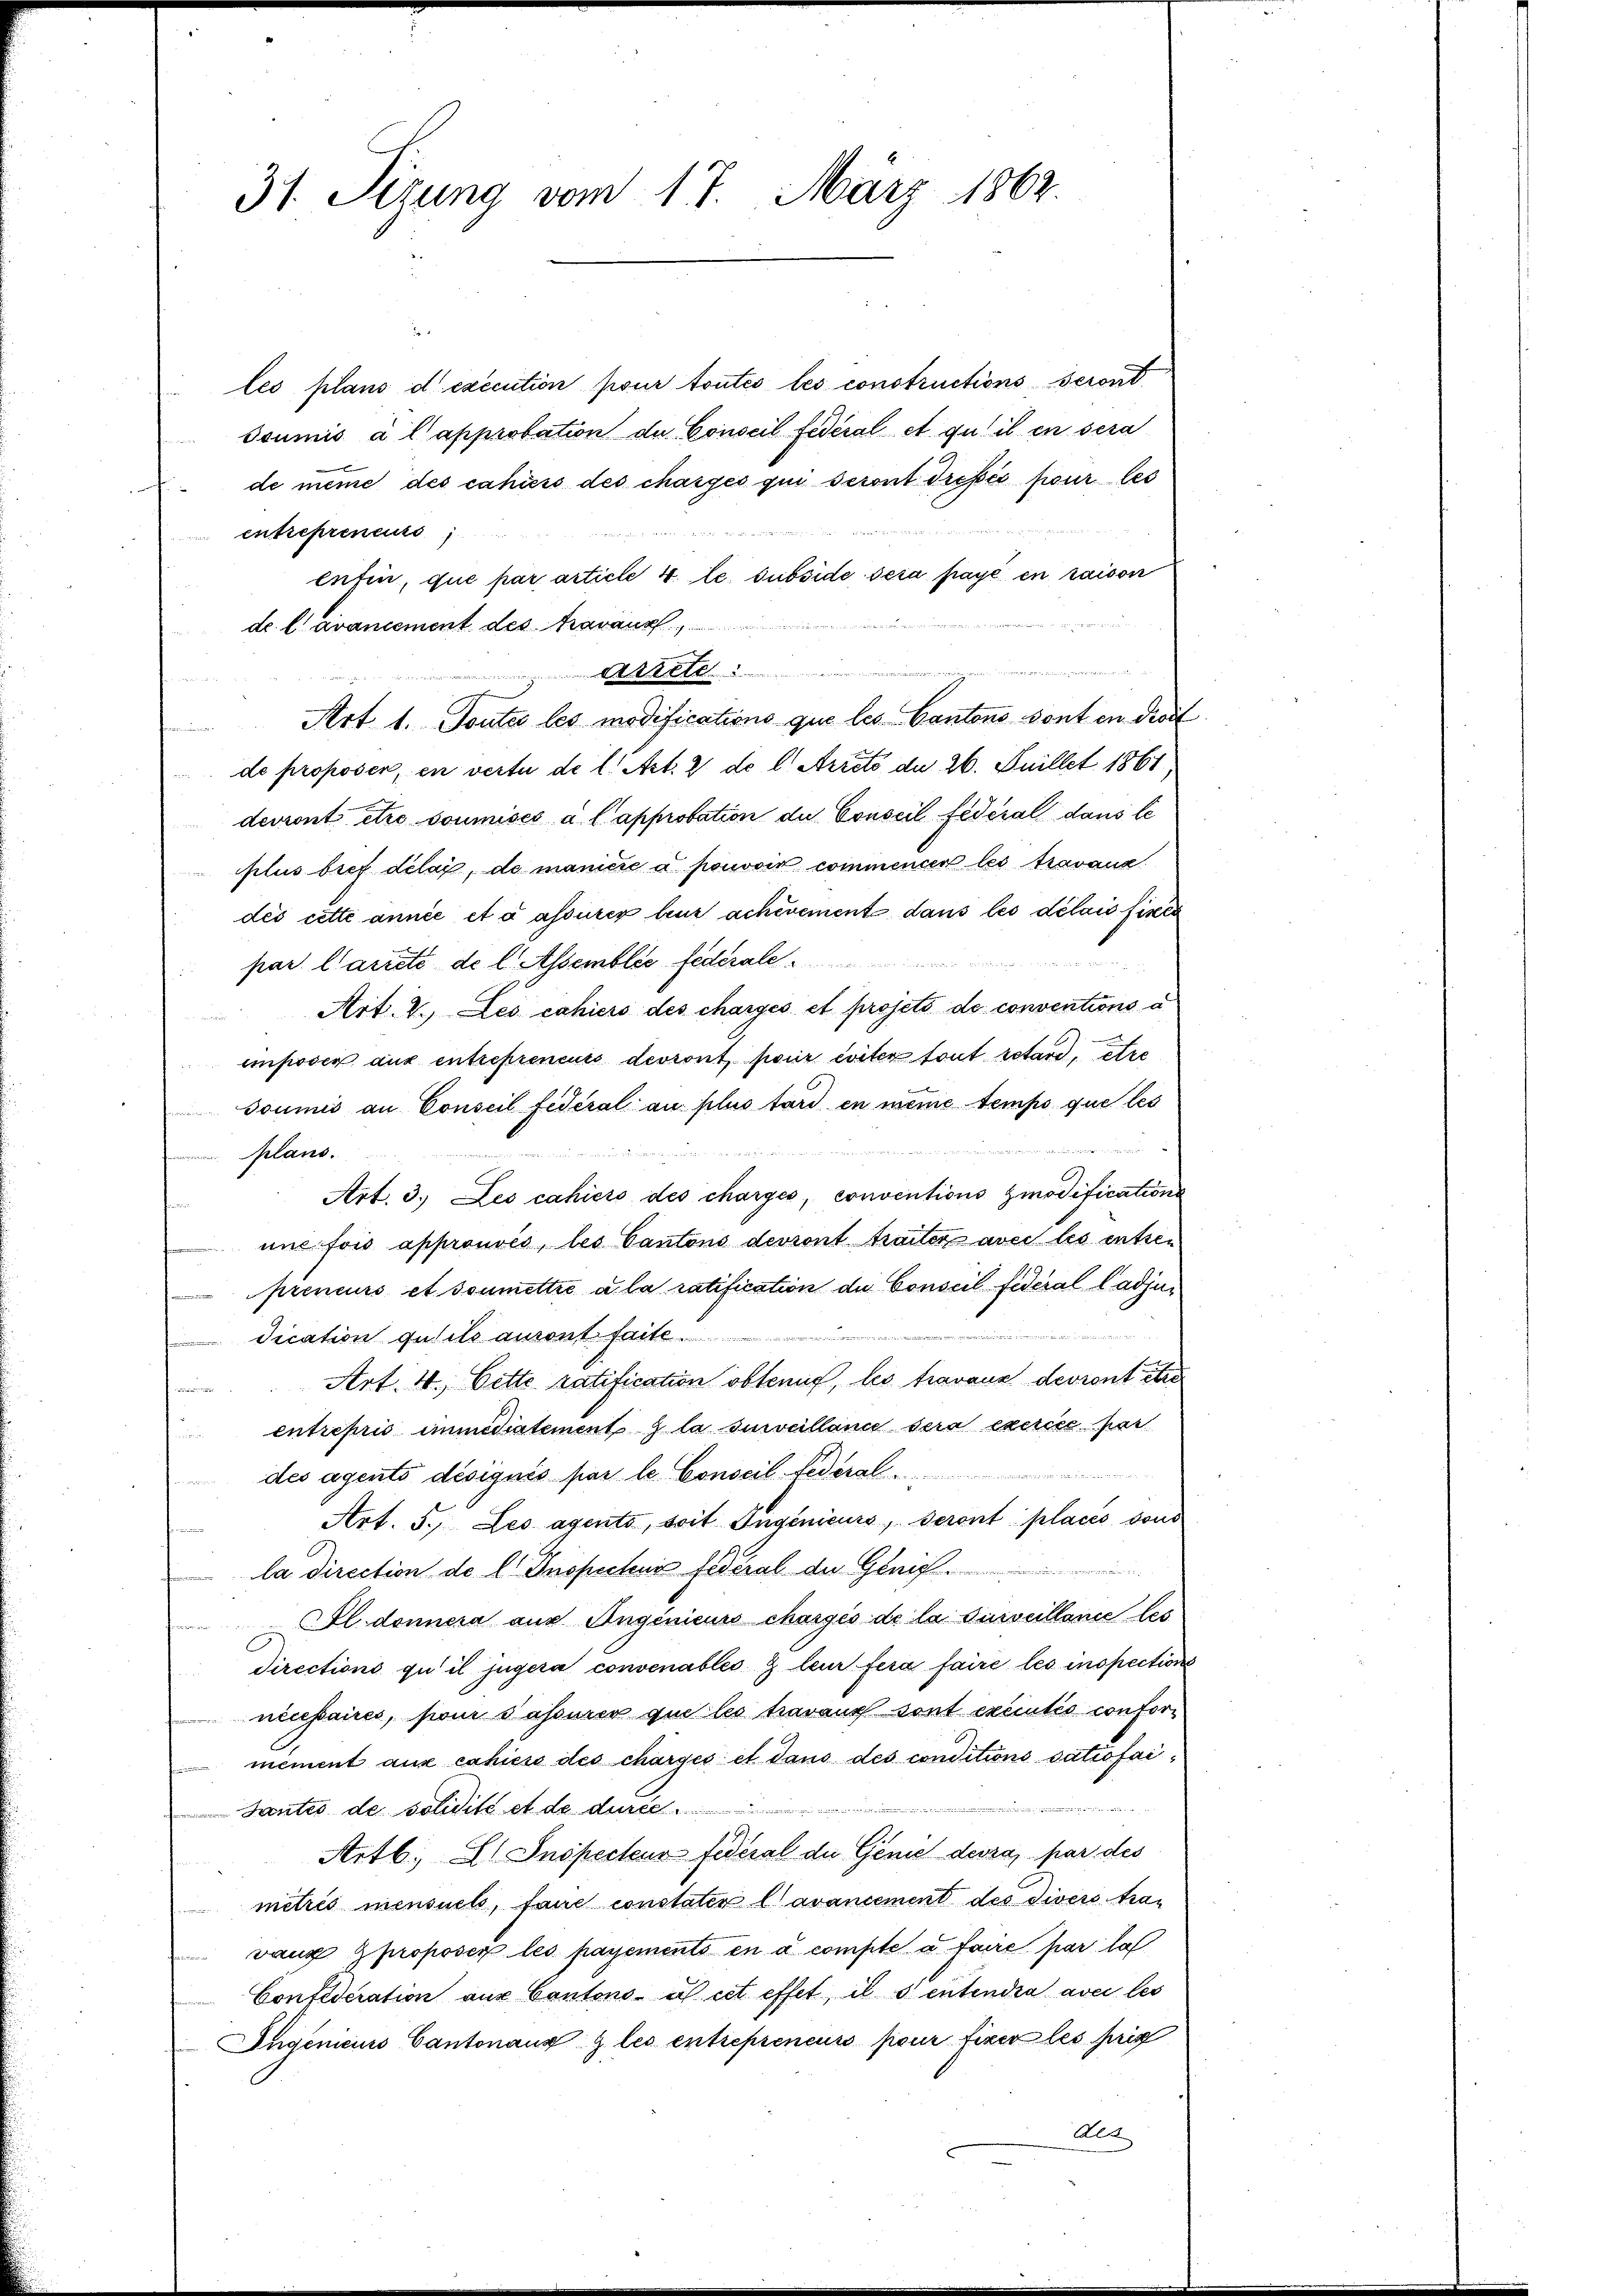
31. Sizung vom 17. März 1862.

les plans d execution pour toutes les constructions seront
doumis à l’approbation du Conseil fédéral et qu’il en sera
de meine des cahiers des charges qui seront dressés pour les
entrepreneurs
enfin, que par article 4 l. subside sera payé en raison

de. l avancement des Aravaux

Ahret
Art. 1. Toutes les modifications que les Cantons sont in droit
u
de proposer, en vertu de l. Art. 2 do l Arrets de 26. Juillet 1861,
devront être soumises à l approbation du Conseil fédéral dans le
plus bief délai, de manicie a pouvoir commencer les travana
dés cette année et à assurer leur achevement dans les délais fines
1
par. Carité de l. Assemblic fédérale
Art. 1. Les cahiers des charges et projets de conventions a
imposer aus entrepreneurs devront pour eiter tout retard, etre
soumis an Conseil fédéral au plus tard en meine temps que les
 wenn er einer werde wieder den
Geland.
Art. 3. Les cahiers des charges, conventions Gmodifications
une fois approuvés, les Cantons devront traiter avec les entzen
preneurs et soumettre a la ratification de Conseil fideral Cadjun
dication gutils ausent faite.
Art. 4. Cette ratification obtenue, les travaux devront et
entrepris immediatement à la surveillande sera exercée par
des agents désiqués par le Conseil Federal
Art. 5. Les agento, soit Ingenieurs, seront places sons
la direction de l. Inspectens fédéral de Gerich
Il donnera aus Angenieurs chargés de la surveillence les
Directions qu’il jugera convenables & leur fera faire les inspections
necessaires, pour sassures que les travaux sont executio conformement aux cahiess des charges et dans des conditions satiofaidienen u
e
Tantes de solidité et de durec
Artb. Al Inspecteur federal die Genie devra par des
mitrés mensuets, faire constater l. avancement des Diverstrawang proposer les payements en à compte a faire par la
Confederation aus Cantons- u cet effet, ils entendra avec les
Ingenieurs Cantonaus & les entrepreneurs pour fixer les prin
Ale